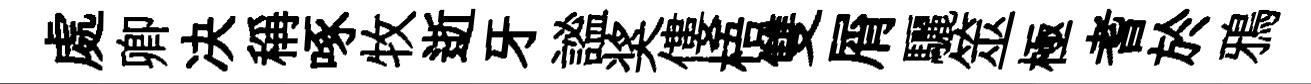
處卿决稱啄牧逝牙謐奖僂梧雙屑驪筮極耆於鴉